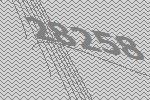
28258